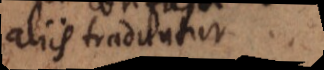
aliis traduntur.